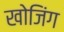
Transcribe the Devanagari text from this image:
खोजिंग